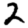
Digit: 2